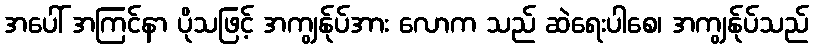
အပေါ် အကြင်နာ ပိုသဖြင့် အကျွန်ုပ်အား လောက သည် ဆဲရေးပါစေ၊ အကျွန်ုပ်သည်